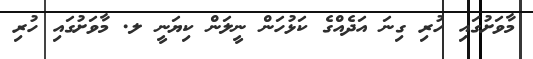
މާވަށުގައި ހުރި ގިނަ އަދެއްގެ ކަޅުހަން ނީލަން ކިޔަނީ ލ. މާވަށުގައި ހުރި